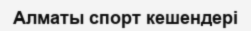
Алматы спорт кешендері